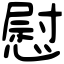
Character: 慰